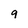
Character: 9